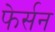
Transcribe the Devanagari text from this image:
फेर्सन